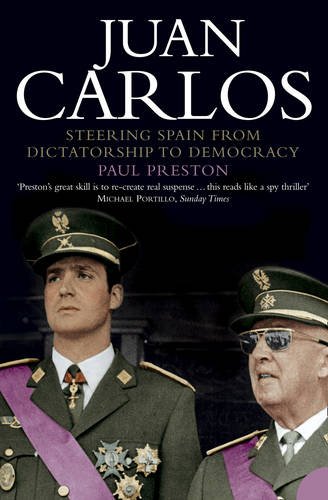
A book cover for Juan Carlos: Steering Spain from Dictatorship to Democracy (Text Only); Health, Fitness & Dieting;